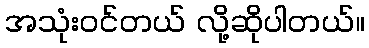
အသုံးဝင်တယ် လို့ဆိုပါတယ်။